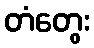
တံတွေး